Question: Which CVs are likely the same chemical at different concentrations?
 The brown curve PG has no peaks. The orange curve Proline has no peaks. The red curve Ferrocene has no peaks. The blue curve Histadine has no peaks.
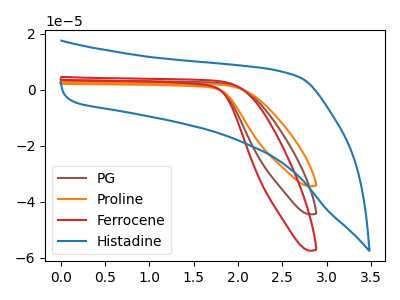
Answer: <think>Neither "PG" or "Proline" have any peaks. Neither "PG" or "Ferrocene" have any peaks. Neither "PG" or "Histadine" have any peaks. Neither "Proline" or "Ferrocene" have any peaks. Neither "Proline" or "Histadine" have any peaks. Neither "Ferrocene" or "Histadine" have any peaks.
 </think>
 <answer>"Ferrocene", "PG", "Proline" and "Histadine" have the same shape and are likely CV's of the same chemical.</answer>
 <eval>"Ferrocene" "PG" "Proline" "Histadine"</eval>